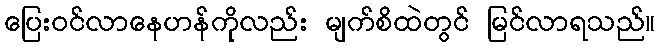
ပြေးဝင်လာနေဟန်ကိုလည်း မျက်စိထဲတွင် မြင်လာရသည်။